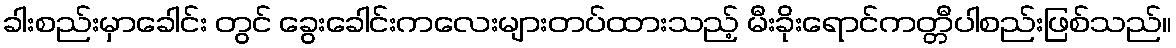
ခါးစည်းမှာခေါင်း တွင် ခွေးခေါင်းကလေးများတပ်ထားသည့် မီးခိုးရောင်ကတ္တီပါစည်းဖြစ်သည်။